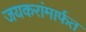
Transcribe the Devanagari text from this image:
जयकरांमार्फत